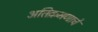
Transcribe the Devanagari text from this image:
अतिक्रमणाचे